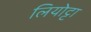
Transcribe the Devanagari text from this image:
लियोट्टा